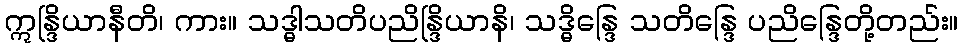
ဣန္ဒြိယာနီတိ၊ ကား။ သဒ္ဓါသတိပညိန္ဒြိယာနိ၊ သဒ္ဓိန္ဒြေ သတိန္ဒြေ ပညိန္ဒြေတို့တည်း။